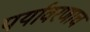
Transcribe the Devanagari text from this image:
पर्यावरणाच